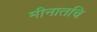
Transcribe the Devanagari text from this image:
मीनातचि